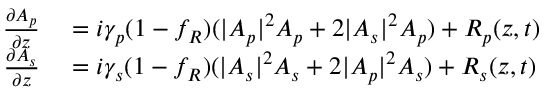
\begin{array} { r l } { \frac { \partial A _ { p } } { \partial z } } & { { } = i \gamma _ { p } ( 1 - f _ { R } ) ( | A _ { p } | ^ { 2 } A _ { p } + 2 | A _ { s } | ^ { 2 } A _ { p } ) + R _ { p } ( z , t ) } \\ { \frac { \partial A _ { s } } { \partial z } } & { { } = i \gamma _ { s } ( 1 - f _ { R } ) ( | A _ { s } | ^ { 2 } A _ { s } + 2 | A _ { p } | ^ { 2 } A _ { s } ) + R _ { s } ( z , t ) } \end{array}